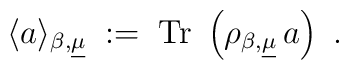
\langle a \rangle_{\beta,\underline{\mu}} \;:=\; {\rm Tr}~\left(  \rho_{\beta, \underline{\mu}} \, a\right)~.